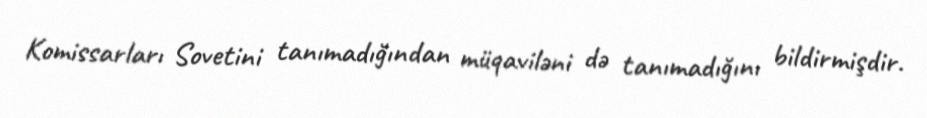
Komissarları Sovetini tanımadığından müqaviləni də tanımadığını bildirmişdir.